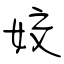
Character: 姣